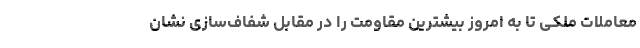
معاملات ملکی تا به امروز بیشترین مقاومت را در مقابل شفاف‌سازی نشان